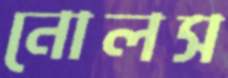
নোলস